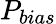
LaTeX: P_{bias}